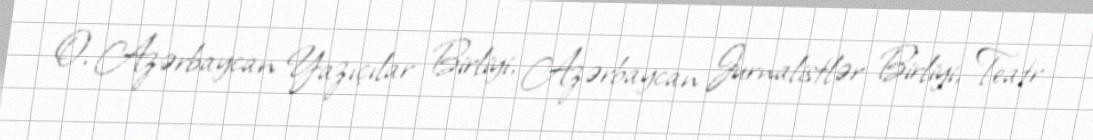
O, Azərbaycan Yazıçılar Birliyi, Azərbaycan Jurnalistlər Birliyi, Teatr